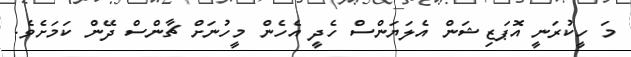
މަ ހީކުރަނީ އޮޕަޒިޝަން އެލަޔަންސް ހެދީ އެހެން މީހުނަށް ޗާންސް ދޭން ކަމަށެވެ.